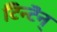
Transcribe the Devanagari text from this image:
टिन्टॆन्